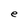
Character: e